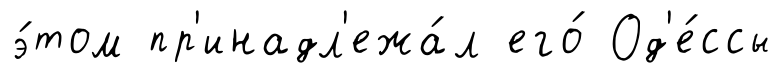
э́том пр'инадл'ежа́л его́ Од'е́ссы